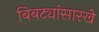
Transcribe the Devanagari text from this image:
बिबट्यांसारखे